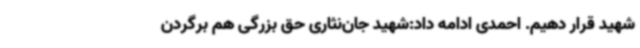
شهید قرار دهیم. احمدی ادامه داد:شهید جان‌نثاری حق بزرگی هم برگردن